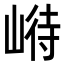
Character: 崻